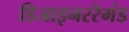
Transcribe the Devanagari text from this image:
डिजाइनररेमंड